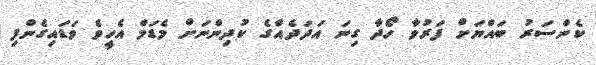
ކެންސަރު ބައްޔަށް ފަރުވާ ހޯދާ ގިނަ އަދަދެއްގެ ކުދިންނަށް މެޑަމް އެހީވެ ވަޑައިގެންފި